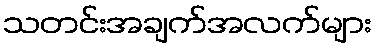
သတင်းအချက်အလက်များ